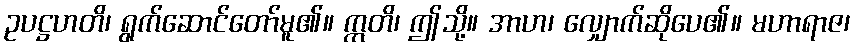
ဥပဋ္ဌဟတိ၊ ရွက်ဆောင်တော်မူ၏။ ဣတိ၊ ဤသို့။ အာဟ၊ လျှောက်ဆိုပေ၏။ မဟာရာဇ၊